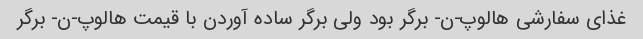
غذای سفارشی هالوپ-ن- برگر بود ولی برگر ساده آوردن با قیمت هالوپ-ن- برگر